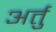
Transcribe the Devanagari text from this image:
अर्तु